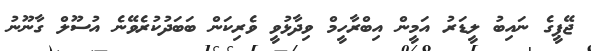
ޖޭޕީގެ ނައިބު ލީޑަރު އަމީން އިބްރާހީމް ވިދާޅުވީ ވެރިކަން ބަބަދުކުރެވޭނެ އުސޫލް ގާނޫނު